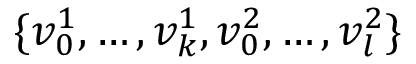
\{ v _ { 0 } ^ { 1 } , \ldots , v _ { k } ^ { 1 } , v _ { 0 } ^ { 2 } , \ldots , v _ { l } ^ { 2 } \}